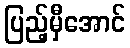
ပြည့်မှီအောင်